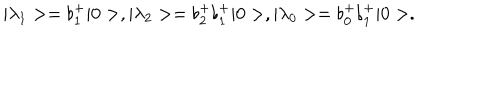
LaTeX: \vert \lambda _ { 1 } > = \flat _ { 1 } ^ { + } \vert 0 > , \vert \lambda _ { 2 } > = \flat _ { 2 } ^ { + } \flat _ { 1 } ^ { + } \vert 0 > , \vert \lambda _ { 0 } > = \flat _ { 0 } ^ { + } \flat _ { 1 } ^ { + } \vert 0 > .